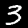
Digit: 3